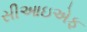
સીઆઇએફ